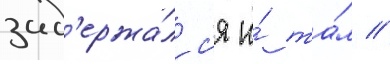
зад'ержа́лс'я и́ та́м //